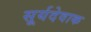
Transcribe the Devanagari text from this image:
सूर्यदेवाक